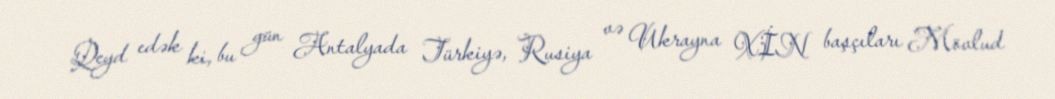
Qeyd edək ki, bu gün Antalyada Türkiyə, Rusiya və Ukrayna XİN başçıları Mövlud